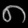
Digit: ၈